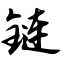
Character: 链